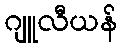
ဂျူလီယန်